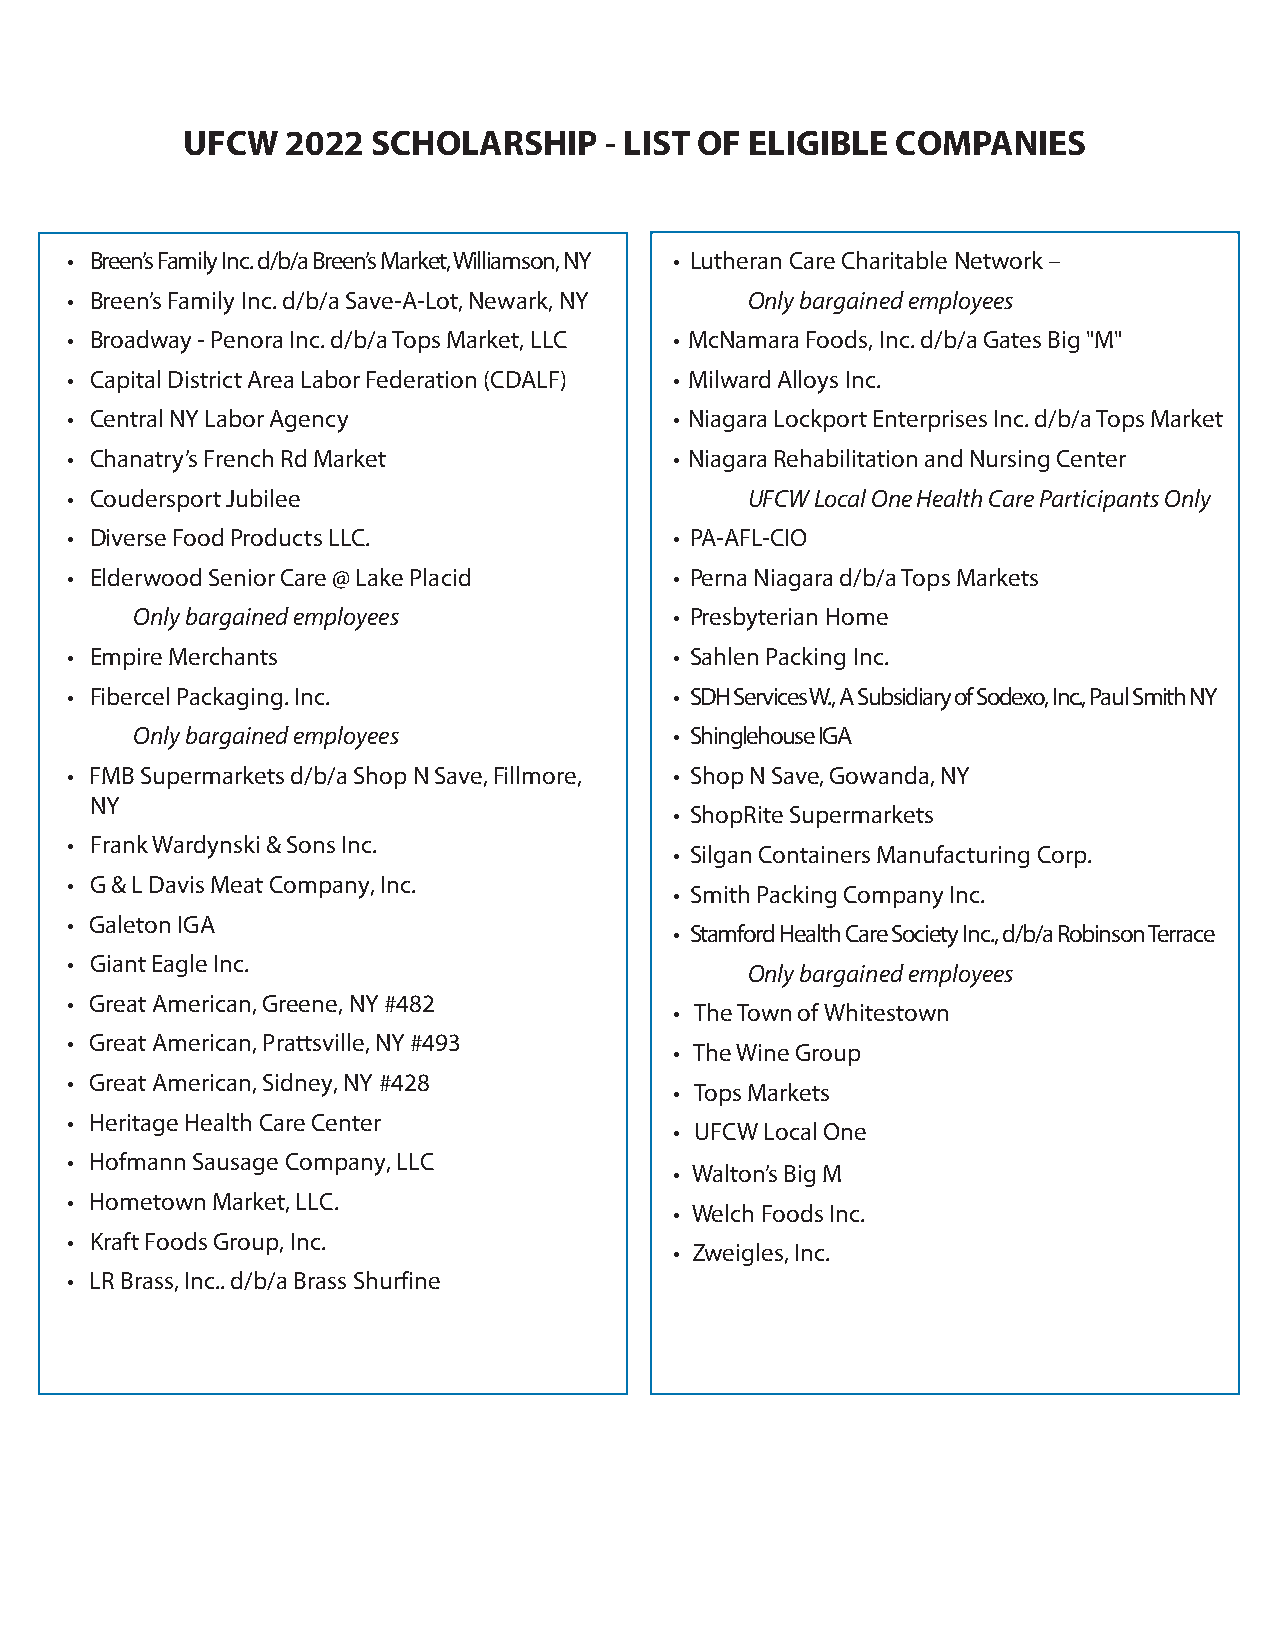
UFCW   2022  SCHOLARSHIP    - LIST OF ELIGIBLE COMPANIES
 • Breen’s Family Inc. d/b/a Breen’s Market, Williamson, NY • Lutheran Care Charitable Network –
 • Breen’s Family Inc. d/b/a Save-A-Lot, Newark, NY Only bargained employees
 • Broadway - Penora Inc. d/b/a Tops Market, LLC • McNamara Foods, Inc. d/b/a Gates Big "M"
 • Capital District Area Labor Federation (CDALF) • Milward Alloys Inc.
 • Central NY Labor Agency                • Niagara Lockport Enterprises Inc. d/b/a Tops Market
 • Chanatry’s French Rd Market            • Niagara Rehabilitation and Nursing Center
 • Coudersport Jubilee                         UFCW Local One Health Care Participants Only
 • Diverse Food Products LLC.             • PA-AFL-CIO
 • Elderwood Senior Care @ Lake Placid    • Perna Niagara d/b/a Tops Markets
 Only bargained employees            • Presbyterian Home
 • Empire Merchants                       • Sahlen Packing Inc.
 • Fibercel Packaging. Inc.               • SDH Services W., A Subsidiary of Sodexo, Inc., Paul Smith NY
 Only bargained employees            • Shinglehouse IGA
 • FMB Supermarkets d/b/a Shop N Save, Fillmore, • Shop N Save, Gowanda, NY
 NY
 • ShopRite Supermarkets
 • Frank Wardynski & Sons Inc.
 • Silgan Containers Manufacturing Corp.
 • G & L Davis Meat Company, Inc.
 • Smith Packing Company Inc.
 • Galeton IGA
 • Stamford Health Care Society Inc., d/b/a Robinson Terrace
 • Giant Eagle Inc.
 Only bargained employees
 • Great American, Greene, NY #482
 • The Town of Whitestown
 • Great American, Prattsville, NY #493
 • The Wine Group
 • Great American, Sidney, NY #428
 • Tops Markets
 • Heritage Health Care Center
 • UFCW Local One
 • Hofmann Sausage Company, LLC
 • Walton’s Big M
 • Hometown Market, LLC.
 • Welch Foods Inc.
 • Kraft Foods Group, Inc.
 • Zweigles, Inc.
 • LR Brass, Inc.. d/b/a Brass Shurfine